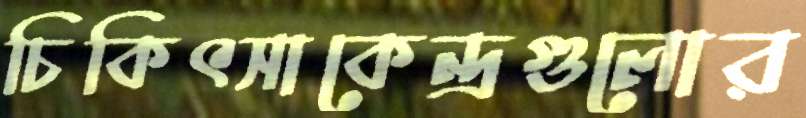
চিকিৎসাকেন্দ্রগুলোর